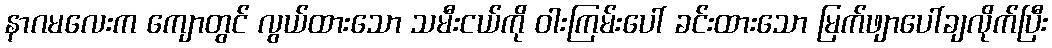
နာဂမလေးက ကျောတွင် လွယ်ထားသော သမီးငယ်ကို ဝါးကြမ်းပေါ် ခင်းထားသော မြက်ဖျာပေါ်ချလိုက်ပြီး